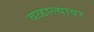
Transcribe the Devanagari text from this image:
वळाल्यावर